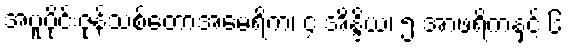
အပူပိုင်းဇုန်သစ်တောအမေရိက၊ ၄ အိန္ဒိယ၊ ၅ အာဖရိကနှင့် ၆